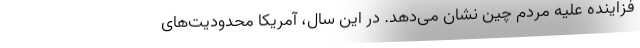
فزاینده علیه مردم چین نشان می‌دهد. در این سال، آمریکا محدودیت‌های